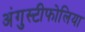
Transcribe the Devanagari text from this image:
अंगुस्टीफोलिया